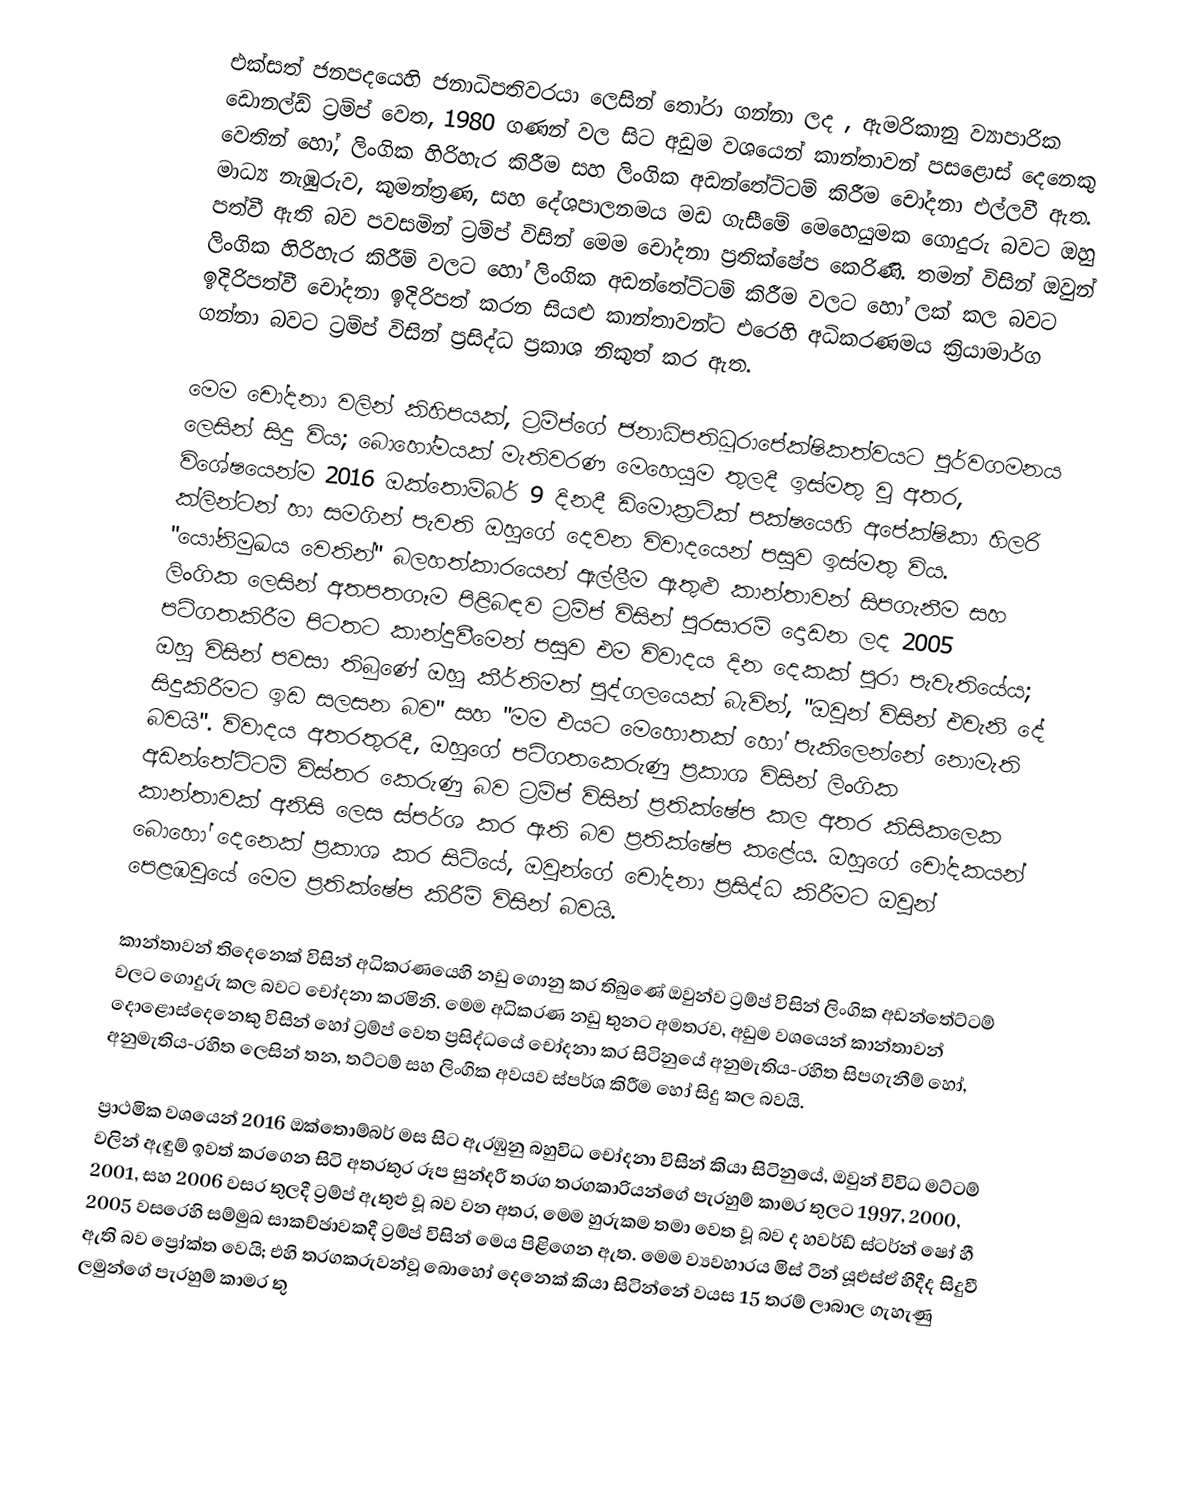
එක්සත් ජනපදයෙහි ජනාධිපතිවරයා ලෙසින් තෝරා ගන්නා ලද , ඇමරිකානු ව්‍යාපාරික ඩොනල්ඩ් ට්‍රම්ප් වෙත, 1980 ගණන් වල සිට අඩුම වශයෙන් කාන්තාවන් පසළොස් දෙනෙකු වෙතින් හෝ,  ලිංගික හිරිහැර කිරීම සහ ලිංගික අඩන්තේට්ටම් කිරීම චෝදනා එල්ලවී ඇත. මාධ්‍ය නැඹුරුව, කුමන්ත්‍රණ, සහ දේශපාලනමය මඩ ගැසීමේ මෙහෙයුමක ගොදුරු බවට ඔහු පත්වී ඇති බව පවසමින් ට්‍රම්ප් විසින් මෙම චෝදනා ප්‍රතික්ෂේප කෙරිණි. තමන් විසින් ඔවුන් ලිංගික හිරිහැර කිරීම් වලට හෝ ලිංගික අඩන්තේට්ටම් කිරීම වලට හෝ ලක් කල බවට ඉදිරිපත්වී චෝදනා ඉදිරිපත් කරන සියළු කාන්තාවන්ට එරෙහි අධිකරණමය ක්‍රියාමාර්ග ගන්නා බවට ට්‍රම්ප් විසින් ප්‍රසිද්ධ ප්‍රකාශ නිකුත් කර ඇත.

මෙම චෝදනා වලින් කිහිපයක්, ට්‍රම්ප්ගේ ජනාධිපතිධූරාපේක්ෂිකත්වයට පූර්වගමනය ලෙසින් සිදු විය; බොහෝමයක් මැතිවරණ මෙහෙයුම තුලදී ඉස්මතු වූ අතර, විශේෂයෙන්ම 2016 ඔක්තොම්බර් 9 දිනදී  ඩිමොක්‍රටික් පක්ෂයෙහි අපේක්ෂිකා හිලරි ක්ලින්ටන් හා සමගින් පැවති ඔහුගේ දෙවන විවාදයෙන් පසුව ඉස්මතු විය. "යෝනිමුඛය වෙතින්" බලහත්කාරයෙන් ඇල්ලීම ඇතුළු කාන්තාවන් සිපගැනීම සහ ලිංගික ලෙසින් අතපතගෑම පිළිබඳව ට්‍රම්ප් විසින් පුරසාරම් දොඩන ලද 2005 පටිගතකිරීම  පිටතට කාන්දුවීමෙන් පසුව එම විවාදය දින දෙකක් පුරා පැවැතියේය; ඔහු විසින් පවසා තිබුණේ ඔහු කීර්තිමත් පුද්ගලයෙක් බැවින්, "ඔවුන් විසින් එවැනි දේ සිදුකිරීමට ඉඩ සලසන බව" සහ "මම එයට මෙහොතක් හෝ පැකිලෙන්නේ නොමැති බවයි". විවාදය අතරතුරදී, ඔහුගේ පටිගතකෙරුණු ප්‍රකාශ විසින් ලිංගික අඩන්තේට්ටම් විස්තර කෙරුණු බව ට්‍රම්ප් විසින් ප්‍රතික්ෂේප කල අතර කිසිකලෙක කාන්තාවක් අනිසි ලෙස ස්පර්ශ කර ඇති බව ප්‍රතික්ෂේප කළේය. ඔහුගේ චෝදකයන් බොහෝ දෙනෙක් ප්‍රකාශ කර සිටියේ, ඔවුන්ගේ චෝදනා ප්‍රසිද්ධ කිරීමට ඔවුන් පෙළඹවූයේ  මෙම ප්‍රතික්ෂේප කිරීම් විසින් බවයි.

කාන්තාවන් තිදෙනෙක් විසින් අධිකරණයෙහි නඩු ගොනු කර තිබුණේ ඔවුන්ව ට්‍රම්ප් විසින් ලිංගික අඩන්තේට්ටම් වලට ගොදුරු කල බවට චෝදනා කරමිනි. මෙම අධිකරණ නඩු තුනට අමතරව, අඩුම වශයෙන් කාන්තාවන් දොළොස්දෙනෙකු විසින් හෝ ට්‍රම්ප් වෙත ප්‍රසිද්ධයේ චෝදනා කර සිටිනුයේ අනුමැතිය-රහිත සිපගැනීම් හෝ, අනුමැතිය-රහිත ලෙසින්  තන, තට්ටම් සහ ලිංගික අවයව ස්පර්ශ කිරීම හෝ සිදු කල බවයි.

ප්‍රාථමික වශයෙන් 2016 ඔක්තොම්බර් මස සිට ඇරඹුනු බහුවිධ චෝදනා විසින් කියා සිටිනුයේ, ඔවුන් විවිධ මට්ටම් වලින් ඇඳුම් ඉවත් කරගෙන සිටි අතරතුර රූප සුන්දරී තරග තරගකාරියන්ගේ පැරහුම් කාමර තුලට 1997, 2000, 2001, සහ 2006 වසර තුලදී ට්‍රම්ප් ඇතුළු වූ බව වන අතර, මෙම හුරුකම තමා වෙත වූ බව ද හවර්ඩ් ස්ටර්න් ෂෝ හී 2005 වසරෙහි සම්මුඛ සාකච්ඡාවකදී ට්‍රම්ප් විසින් මෙය පිළිගෙන ඇත. මෙම ව්‍යවහාරය මිස් ටීන් යූඑස්ඒ හිදීද සිදුවී ඇති බව ප්‍රෝක්ත වෙයි; එහි තරගකරුවන්වූ බොහෝ දෙනෙක් කියා සිටින්නේ වයස 15 තරම් ලාබාල ගැහැණු ලමුන්ගේ පැරහුම් කාමර තු